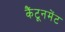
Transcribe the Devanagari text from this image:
कैंटूनमेंट